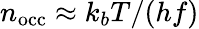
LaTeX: n_{\mathrm{occ}}\approx k_{b}T/(hf)